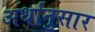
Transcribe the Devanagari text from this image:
अर्धानुसार